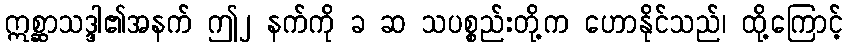
ဣစ္ဆာသဒ္ဒါ၏အနက် ဤ၂ နက်ကို ခ ဆ သပစ္စည်းတို့က ဟောနိုင်သည်၊ ထို့ကြောင့်